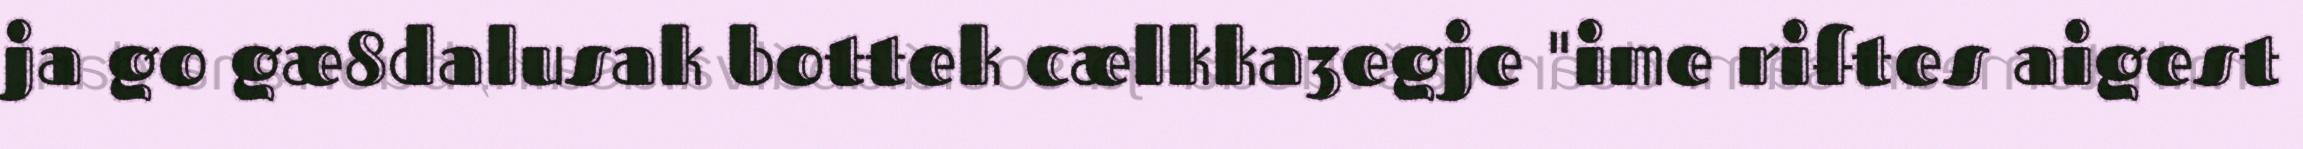
ja go gæ8dalusak bottek cælkka3egje "ime riftes aigest